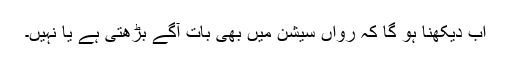
اب دیکھنا ہو گا کہ رواں سیشن میں بھی بات آگے بڑھتی ہے یا نہیں۔